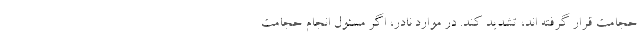
حجامت قرار گرفته اند، تشدید کند. در موارد نادر، اگر مسئول انجام حجامت